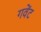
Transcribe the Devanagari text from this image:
गवेंट